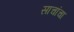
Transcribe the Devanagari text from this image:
साचांचा